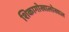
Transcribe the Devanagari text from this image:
शिकागोखालोखाल